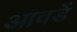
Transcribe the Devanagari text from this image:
आवडें